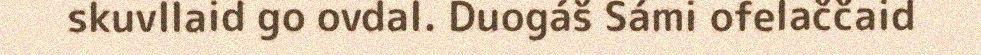
skuvllaid go ovdal. Duogáš Sámi ofelaččaid